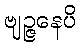
ဗျဉ္ဇနေပိ